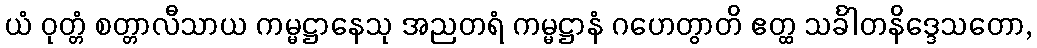
ယံ ဝုတ္တံ စတ္တာလီသာယ ကမ္မဋ္ဌာနေသု အညတရံ ကမ္မဋ္ဌာနံ ဂဟေတွာတိ ဧတ္ထ သင်္ခါတနိဒ္ဒေသတော,